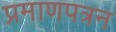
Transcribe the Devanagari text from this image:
प्रमाणपत्रन